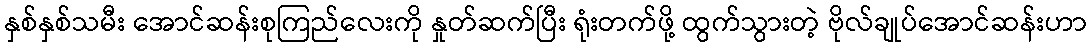
နှစ်နှစ်သမီး အောင်ဆန်းစုကြည်လေးကို နှုတ်ဆက်ပြီး ရုံးတက်ဖို့ ထွက်သွားတဲ့ ဗိုလ်ချုပ်အောင်ဆန်းဟာ